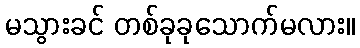
မသွားခင် တစ်ခုခုသောက်မလား။